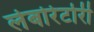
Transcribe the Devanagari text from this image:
लेबोरेटोरी